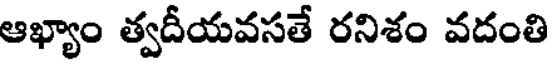
ఆఖ్యాం త్వదీయవసతే రనిశం వదంతి